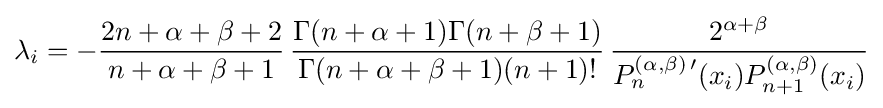
\lambda _{i}=-{\frac {2n+\alpha +\beta +2}{n+\alpha +\beta +1}}\,{\frac {\Gamma (n+\alpha +1)\Gamma (n+\beta +1)}{\Gamma (n+\alpha +\beta +1)(n+1)!}}\,{\frac {2^{\alpha +\beta }}{P_{n}^{(\alpha ,\beta )\,\prime }(x_{i})P_{n+1}^{(\alpha ,\beta )}(x_{i})}}